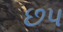
છપ